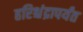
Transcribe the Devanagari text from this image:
हरिश्चंद्रापर्यंत